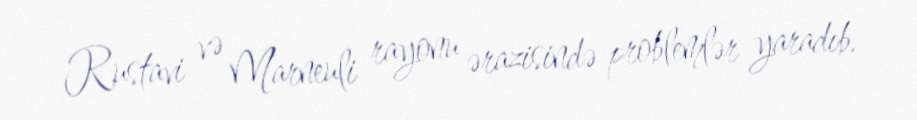
Rustavi və Marneuli rayonu ərazisində problemlər yaradıb.